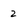
Character: z